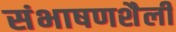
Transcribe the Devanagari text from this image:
संभाषणशैली